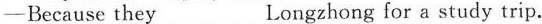
—Because the___Longzhong for a study trip.